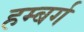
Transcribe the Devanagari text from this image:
हम्बर्ग